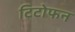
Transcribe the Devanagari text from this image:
टिटोफन